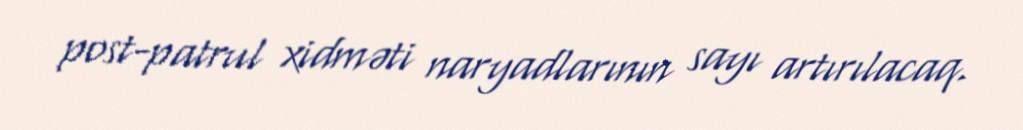
post-patrul xidməti naryadlarının sayı artırılacaq.